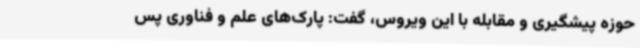
حوزه پیشگیری و مقابله با این ویروس، گفت: پارک‌های علم و فناوری پس